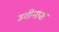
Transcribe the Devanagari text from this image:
उतीनाश